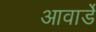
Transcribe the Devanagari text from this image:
आवार्डे